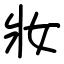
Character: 妝